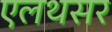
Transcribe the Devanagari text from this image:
एलथसर